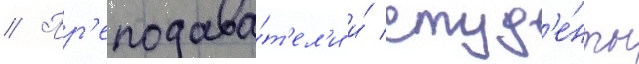
// Пр'еподава́т'ел'и и́ студ'е́нты